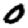
Digit: 0